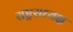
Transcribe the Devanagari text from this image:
राष्ट्रराध्यक्ष